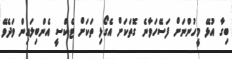
ބިގާ އުޅޭ މީހުންނަށް ފަސޭހަވާނެ ގޮތަކަށް އެގޯޅި ތަކަށް ޓެކްސީ އެންބިލައިން ވަދެވޭ